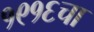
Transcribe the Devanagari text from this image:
१९१६चा